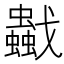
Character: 𧔼